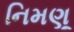
નિમણૂ